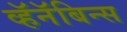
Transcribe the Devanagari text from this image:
व्हॅनॅबिन्स